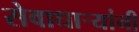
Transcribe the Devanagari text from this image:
सेवाधार्‍यांनी